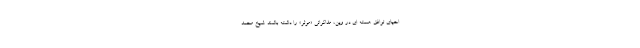
احیای توافق هسته ای در وین، مذاکراتی «موثر» را داشته باشند. شیخ محمد